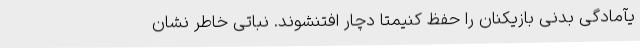
یآمادگی بدنی بازیکنان را حفظ کنیمتا دچار افتنشوند. نباتی خاطر نشان